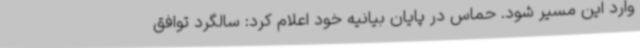
وارد این مسیر شود. حماس در پایان بیانیه خود اعلام کرد: سالگرد توافق